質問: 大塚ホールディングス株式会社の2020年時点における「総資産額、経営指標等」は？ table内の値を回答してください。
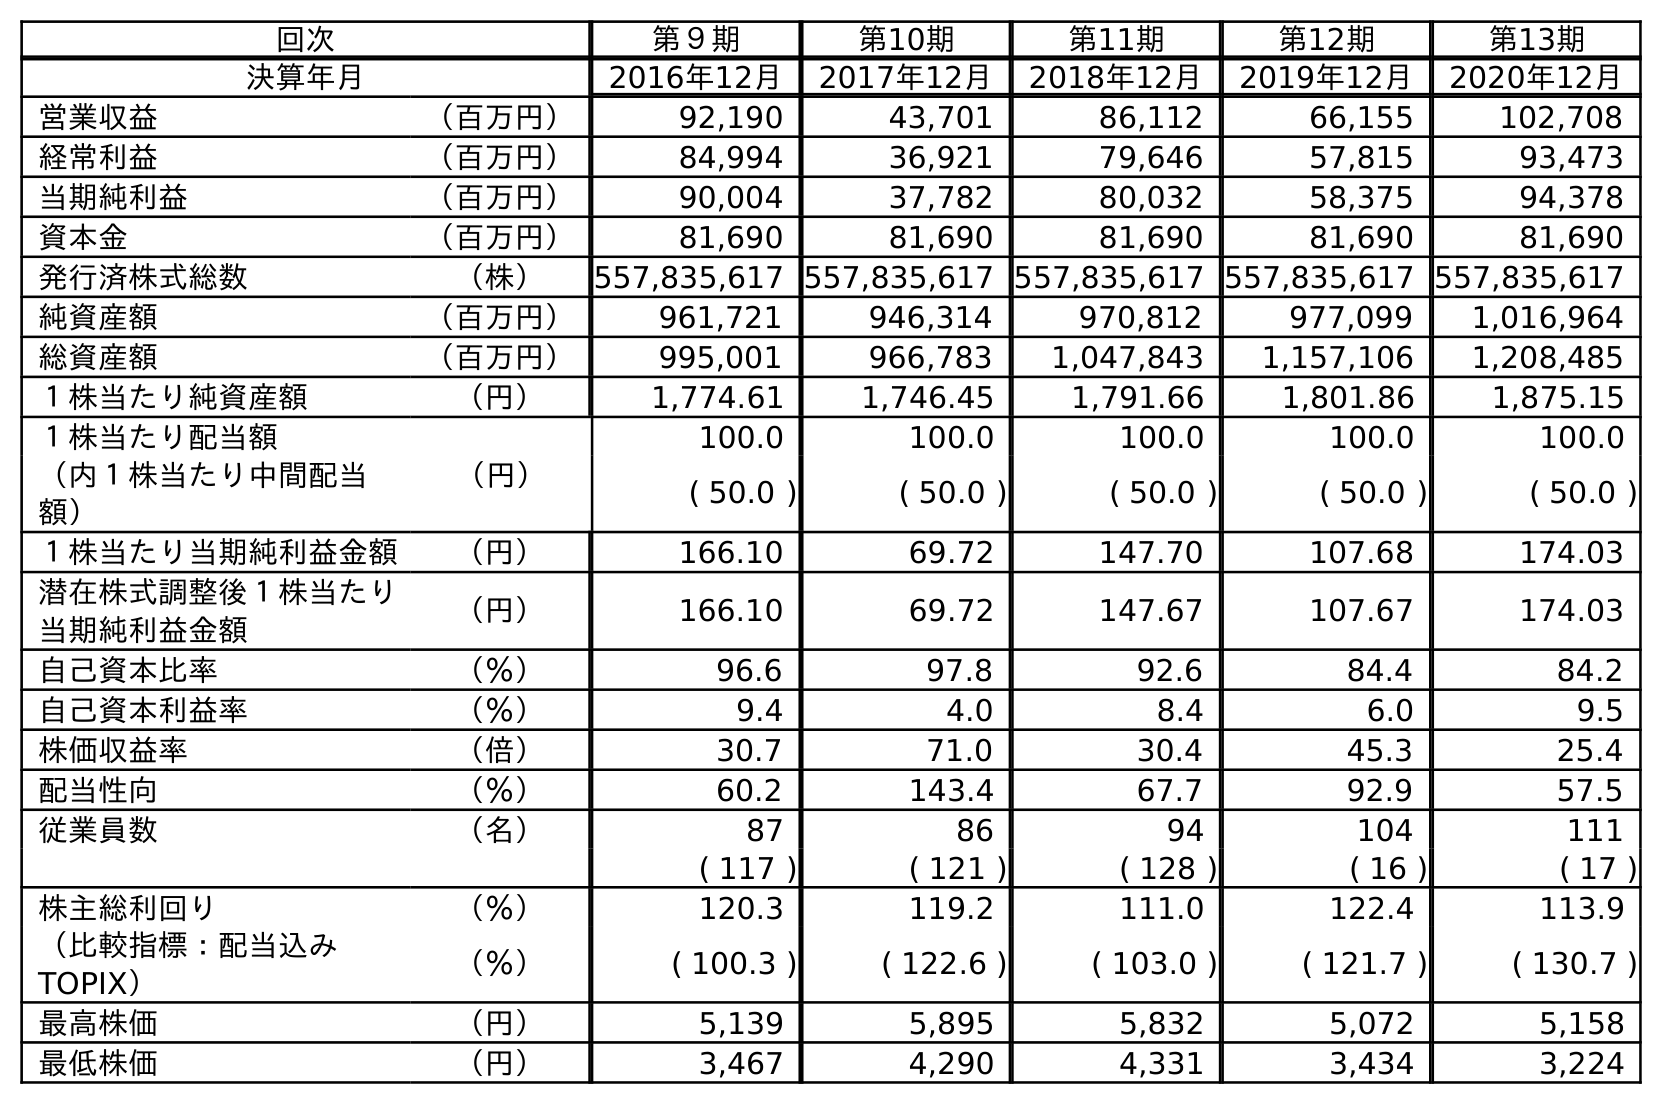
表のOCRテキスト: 回次 第９期 第10期 第11期 第12期 第13期 決算年月 2016年12月 2017年12月 2018年12月 2019年12月 2020年12月 営業収益 （百万円） 92,190 43,701 86,112 66,155 102,708 経常利益 （百万円） 84,994 36,921 79,646 57,815 93,473 当期純利益 （百万円） 90,004 37,782 80,032 58,375 94,378 資本金 （百万円） 81,690 81,690 81,690 81,690 81,690 発行済株式総数 （株） 557,835,617 557,835,617 557,835,617 557,835,617 557,835,617 純資産額 （百万円） 961,721 946,314 970,812 977,099 1,016,964 総資産額 （百万円） 995,001 966,783 1,047,843 1,157,106 1,208,485 １株当たり純資産額 （円） 1,774.61 1,746.45 1,791.66 1,801.86 1,875.15 １株当たり配当額 （円） 100.0 100.0 100.0 100.0 100.0 （内１株当たり中間配当 額） ( 50.0 ) ( 50.0 ) ( 50.0 ) ( 50.0 ) ( 50.0 ) １株当たり当期純利益金額 （円） 166.10 69.72 147.70 107.68 174.03 潜在株式調整後１株当たり 当期純利益金額 （円） 166.10 69.72 147.67 107.67 174.03 自己資本比率 （％） 96.6 97.8 92.6 84.4 84.2 自己資本利益率 （％） 9.4 4.0 8.4 6.0 9.5 株価収益率 （倍） 30.7 71.0 30.4 45.3 25.4 配当性向 （％） 60.2 143.4 67.7 92.9 57.5 従業員数 （名） 87 86 94 104 111 ( 117 ) ( 121 ) ( 128 ) ( 16 ) ( 17 ) 株主総利回り （％） 120.3 119.2 111.0 122.4 113.9 （比較指標：配当込み TOPIX） （％） ( 100.3 ) ( 122.6 ) ( 103.0 ) ( 121.7 ) ( 130.7 ) 最高株価 （円） 5,139 5,895 5,832 5,072 5,158 最低株価 （円） 3,467 4,290 4,331 3,434 3,224
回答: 1,208,485